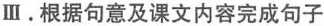
Ⅲ. 根据句意及课文内容完成句子